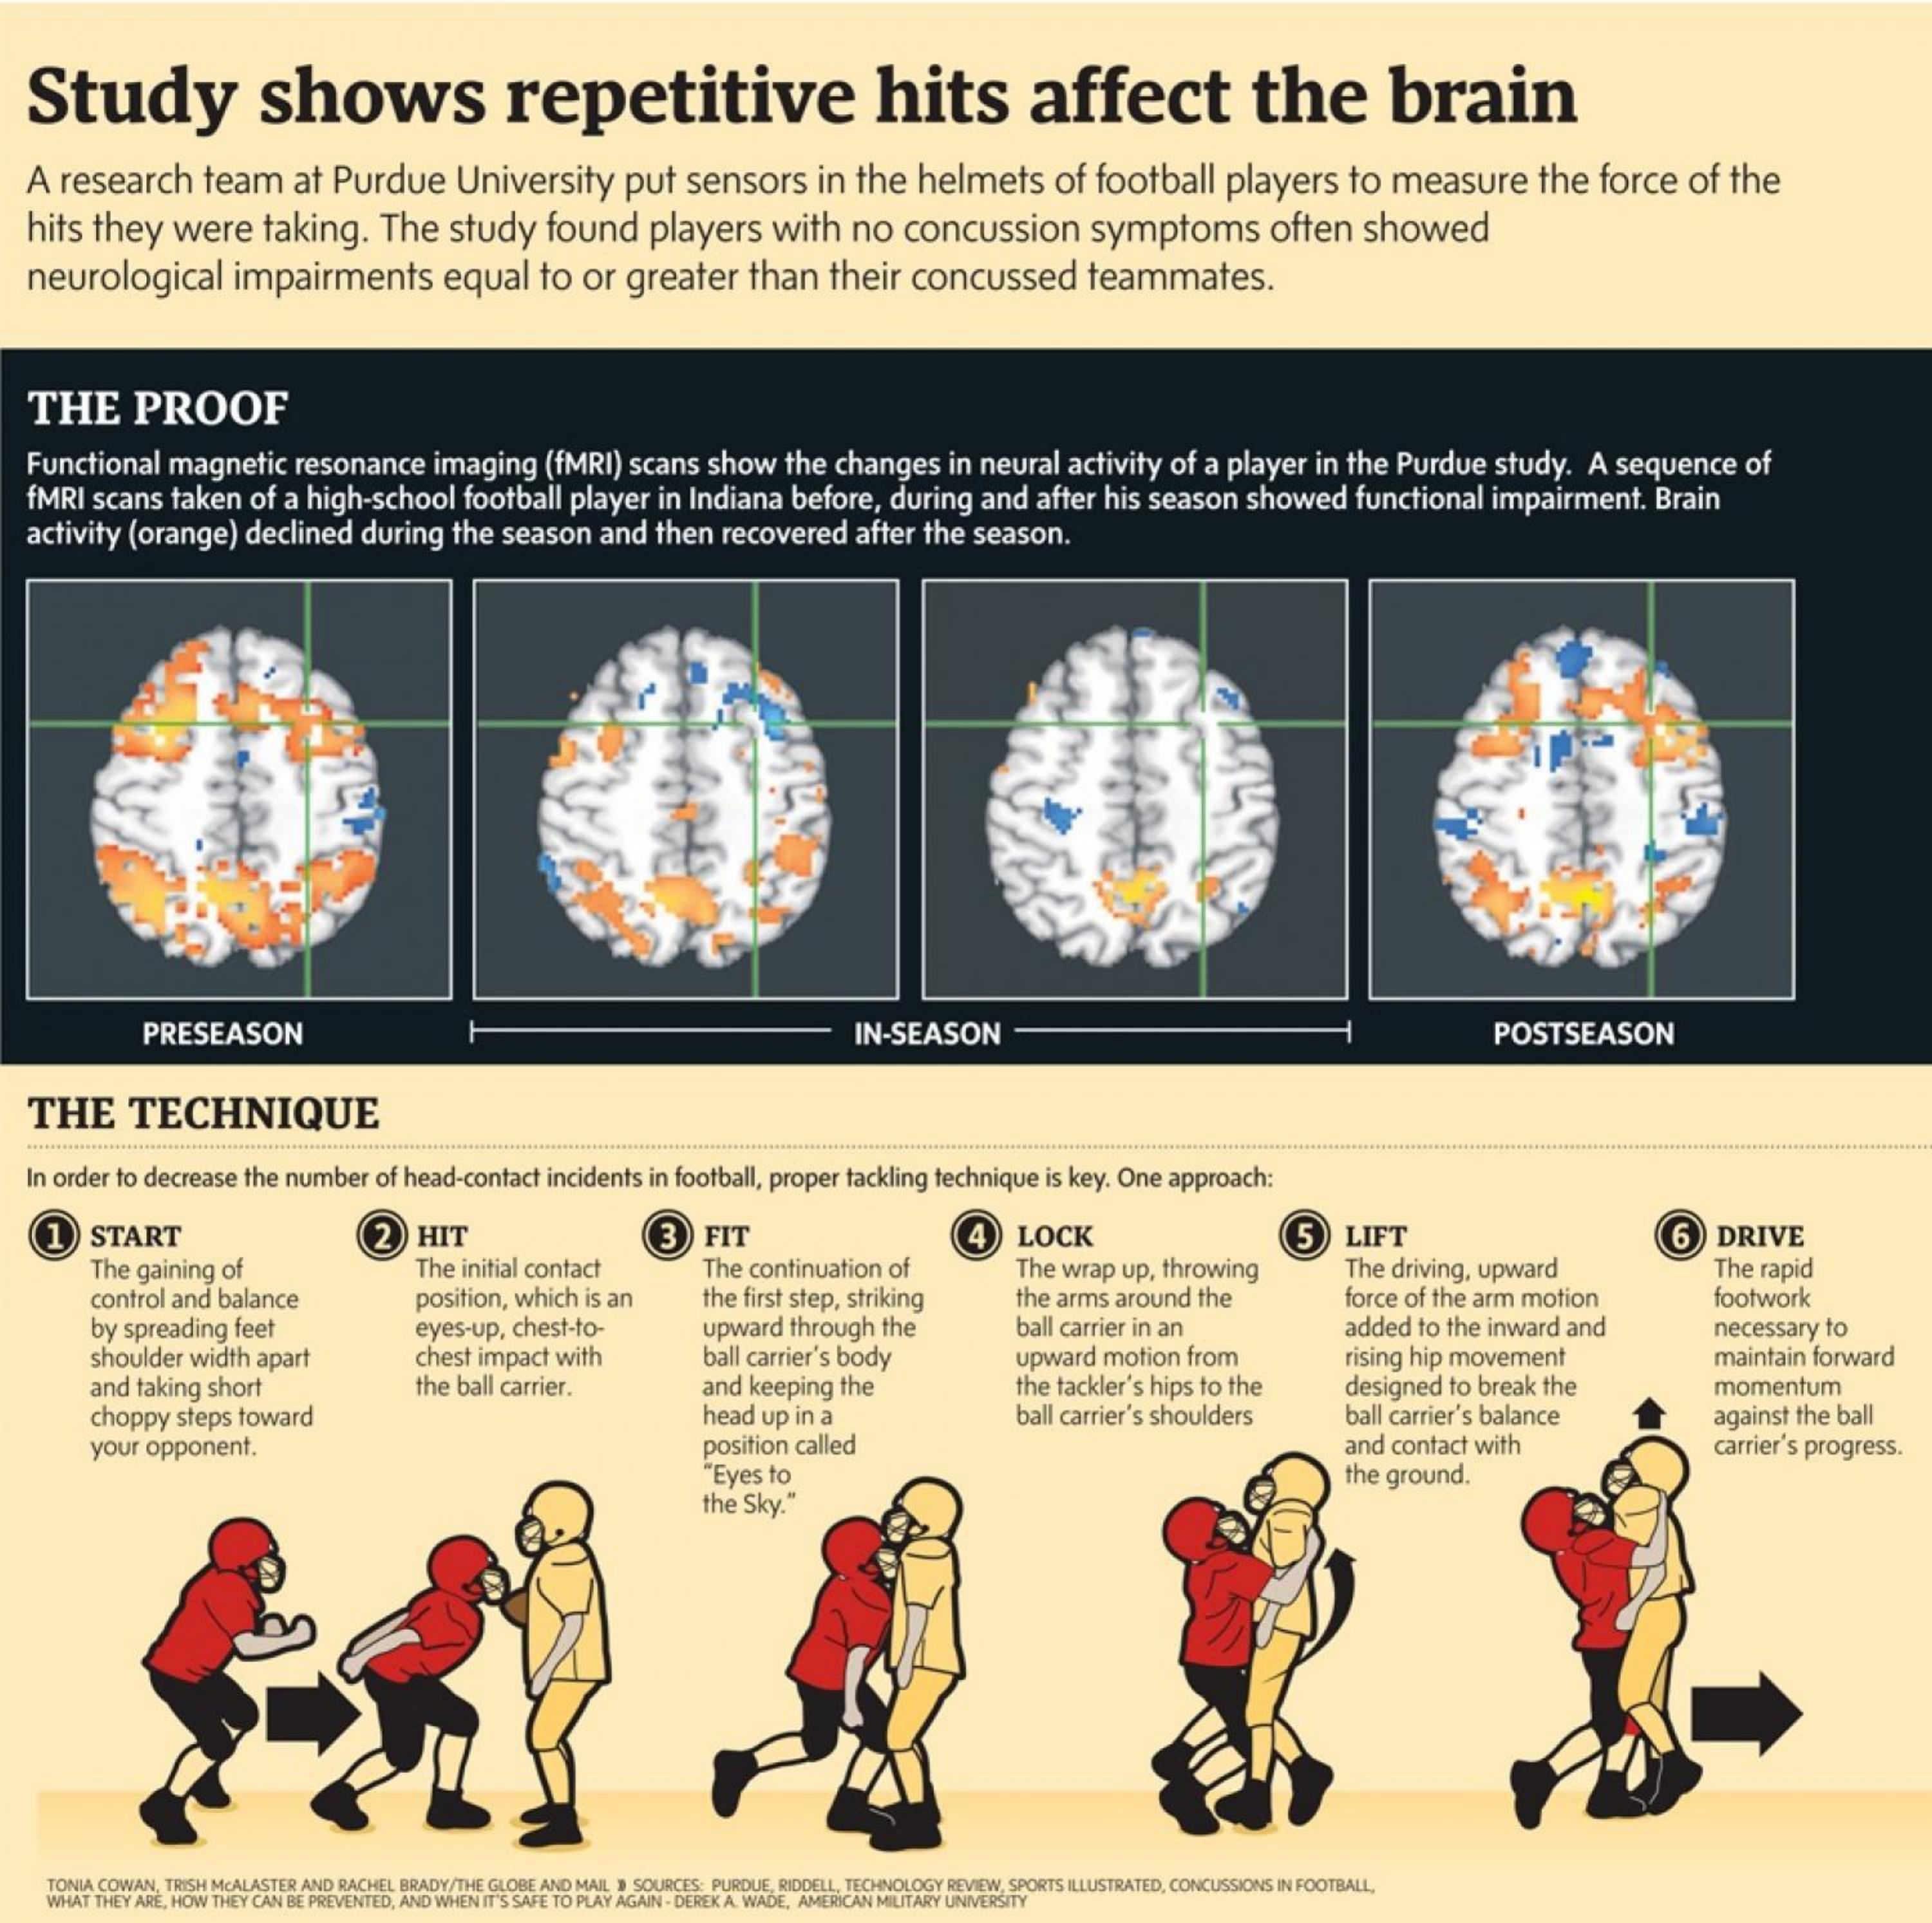
Study    shows    repetitive    hits    affect    the    brain
   A  research    team    at Purdue    University    put    sensors    in  the   helmets    of  football    players    to   measure    the    force    of  the
   hits  they    were    taking.    The    study    found    players    with    no    concussion    symptoms    often    showed
  neurological    impairments    equal    to  or  greater    than    their    concussed    teammates.
   THE    PROOF
   Functional    magnetic    resonance    imaging    (fMRI)   scans   show    the  changes    in  neural   activity  of  a player   in the  Purdue    study.   A  sequence    of
   fMRI  scans   taken   of  a high-school    football   player   in Indiana   before,   during    and   after his  season    showed    functional    impairment.    Brain
   activity  (orange)    declined    during   the  season    and   then  recovered    after  the  season.
     PRESEASON    IN-SEASON    POSTSEASON
   THE    TECHNIQUE
   In order to decrease  the number   of head-contact   incidents in football, proper tackling technique  is key. One  approach:
     1)  START    5
     The  gaining  of
     2    HIT    3    FIT    4   LOCK    LIFT    6   DRIVE
     The initial contact    The continuation  of    The driving, upward    The  rapid
     control and balance    the first step, striking
     The wrap  up, throwing
     position, which is an    the arms  around  the    force of the arm  motion    footwork
     by spreading   feet    eyes-up, chest-to-    upward  through   the
     ball carrier's body
     ball carrier in an    added  to the inward  and    necessary  to
     shoulder width  apart    chest impact  with    upward   motion   from    rising hip movement    maintain forward
     and taking short    the ball carrier.    and keeping  the    the tackler's hips to the    designed  to break  the    momentum
     choppy   steps toward    head up  in a    against  the ball
     your  opponent.    position called
     ball carrier's shoulders    ball carrier's balance
     "Eyes to
     and  contact with    carrier's progress.
     the Sky."
     the ground.
     TONIA COMAN, TRISH MEALASTER AND RACHEL BRADY/THE GLOBE AND MAIL # SOURCES: PURDUE, RIDDELL, TECHNOLOGY REVIEW, SPORTS ILLUSTRATED, CONCUSSIONS IN FOOTBALL,
     WHAT THEY ARE, HOW THEY CAN BE PREVENTED, AND WHEN IT'S SAFE TO PLAY AGAIN . DEREK A. WADE, AMERICAN MILITARY UNIVERSITY